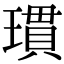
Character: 瑻